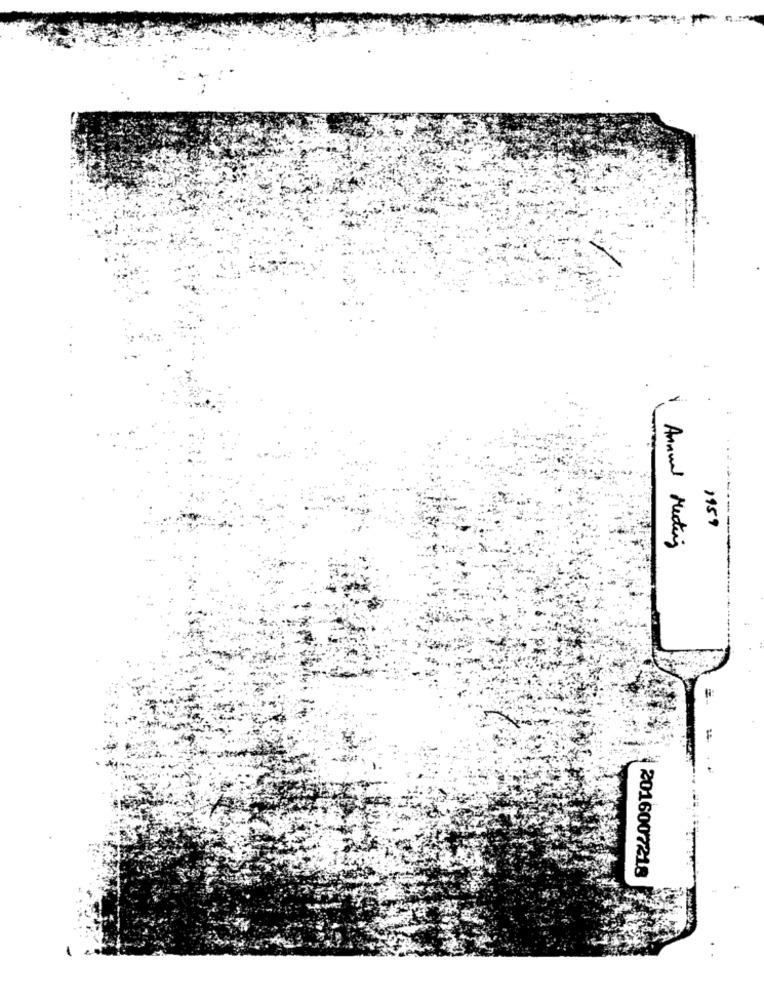
1959
Annual Meeting
2016007218